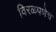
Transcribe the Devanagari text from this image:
विरळपणेच